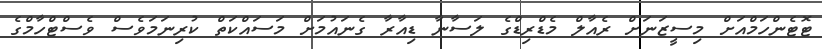
ޓޮޓެންހަމްއަށް މިސީޒަނަށް ރެއާލް މެޑްރިޑްގެ ލަސާނާ ޑިއާރާ ގެނައުމަށް މަސައްކަތް ކުރިނަމަވެސް ވެސްޓްހާމްގެ